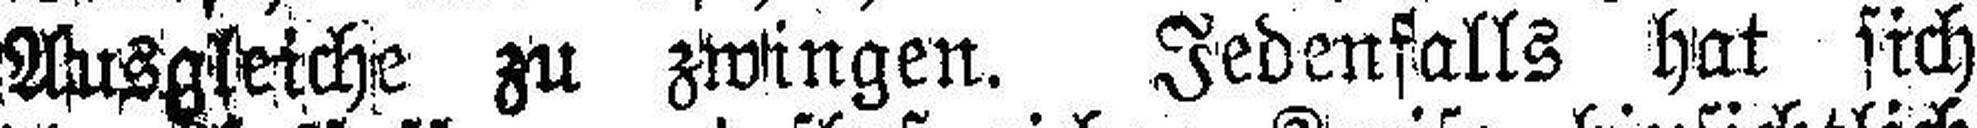
Ausgleiche zu zwingen. Jedenfalls hat sich